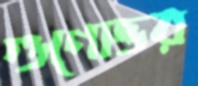
গুণোত্তর